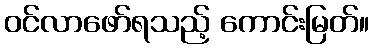
ဝင်လာဖော်ရသည့် ကောင်းမြတ်။